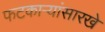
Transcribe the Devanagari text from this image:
फटकाऱ्यांसारखे